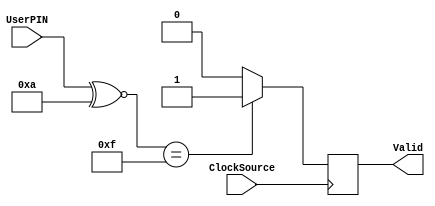
`timescale 1ns / 1ps
//////////////////////////////////////////////////////////////////////////////////
// Company: 
// Engineer: 
// 
// Design Name: 
// Module Name: TestModule
// Project Name: 
// Target Devices: 
// Tool Versions: 
// Description: 
// 
// Dependencies: 
// 
// Revision:
// Revision 0.01 - File Created
// Additional Comments:
// 
//////////////////////////////////////////////////////////////////////////////////


module TestModule(
    input ClockSource, //Basic Sampling ClockSource
    input [3:0]UserPIN, //Holds the vaultStatus in conjucture with vault module
    output reg Valid //Holds the Safe Status OPENED/CLOSED
    );
    
    always @(posedge ClockSource)
    begin
        if((UserPIN  ~^ 4'b1010) == 4'b1111) Valid=1'b1;
        else Valid=1'b0;            
    end
    
endmodule